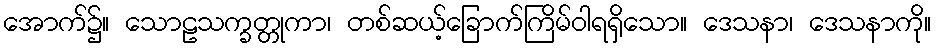
အောက်၌။ သောဠသက္ခတ္တုကာ၊ တစ်ဆယ့်ခြောက်ကြိမ်ဝါရရှိသော။ ဒေသနာ၊ ဒေသနာကို။